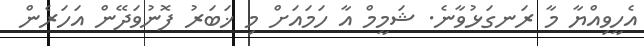
އެހީވިއްޔާ މާ ރަނގަޅުވާނެ. ޝަމީމް އާ ހަމައަށް މި ޚަބަރު ފޮނުވަދޭން އަހަރެން